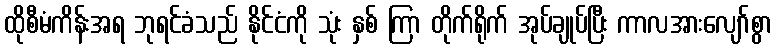
ထိုစီမံကိန်းအရ ဘုရင်ခံသည် နိုင်ငံကို သုံး နှစ် ကြာ တိုက်ရိုက် အုပ်ချုပ်ပြီး ကာလအားလျော်စွာ